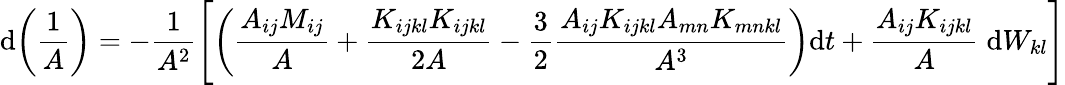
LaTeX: \mathrm{d}\bigg(\frac{{1}}{{A}}\bigg)=-\frac{{1}}{{A^{2}}}\Bigg[\bigg(\frac{{A_{ij}M_{ij}}}{{A}}+\frac{{K_{ijkl}K_{ijkl}}}{{2A}}-\frac{{3}}{{2}}\frac{{A_{ij}K_{ijkl}A_{mn}K_{mnkl}}}{{A^{3}}}\bigg)\mathrm{d}t+\frac{{A_{ij}K_{ijkl}}}{{A}}\; \mathrm{d}W_{kl}\Bigg]